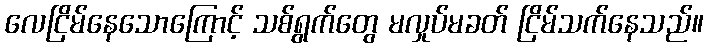
လေငြိမ်နေသောကြောင့် သစ်ရွက်တွေ မလှုပ်မခတ် ငြိမ်သက်နေသည်။